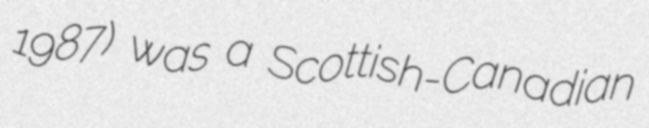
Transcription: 1987) was a Scottish-Canadian